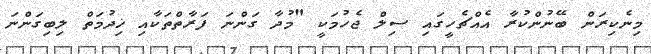
މިނެކިރަން ބޭނުންކުރާ އެއްޗެހީގައި ސިލް ޖެހުމަކީ "މުދާ ގަންނަ ފަރާތްތަކާއި ޚިދުމަތް ލިބިގަންނަ